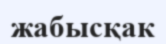
жабысқак